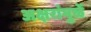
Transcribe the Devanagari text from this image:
अक्षरांमुळें